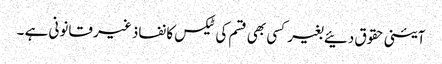
آئینی حقوق دئیے بغیر کسی بھی قسم کی ٹیکس کا نفاذ غیر قانونی ہے ۔